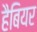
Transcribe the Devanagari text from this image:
हैबियर